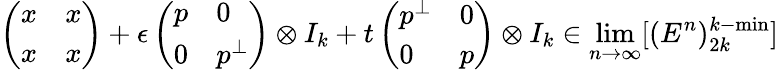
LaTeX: \left(\begin{array}{ll}{x}&{x}\\ {x}&{x}\end{array}\right)+\epsilon\left(\begin{array}{ll}{p}&{0}\\ {0}&{p^{\perp}}\end{array}\right)\otimes I_{k}+t\left(\begin{array}{ll}{p^{\perp}}&{0}\\ {0}&{p}\end{array}\right)\otimes I_{k}\in\operatorname*{lim}_{n\to\infty}[(E^{n})_{2k}^{k-\mathrm{min}}]